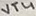
Text: VT4